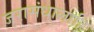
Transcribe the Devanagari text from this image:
जरासंधालाहि